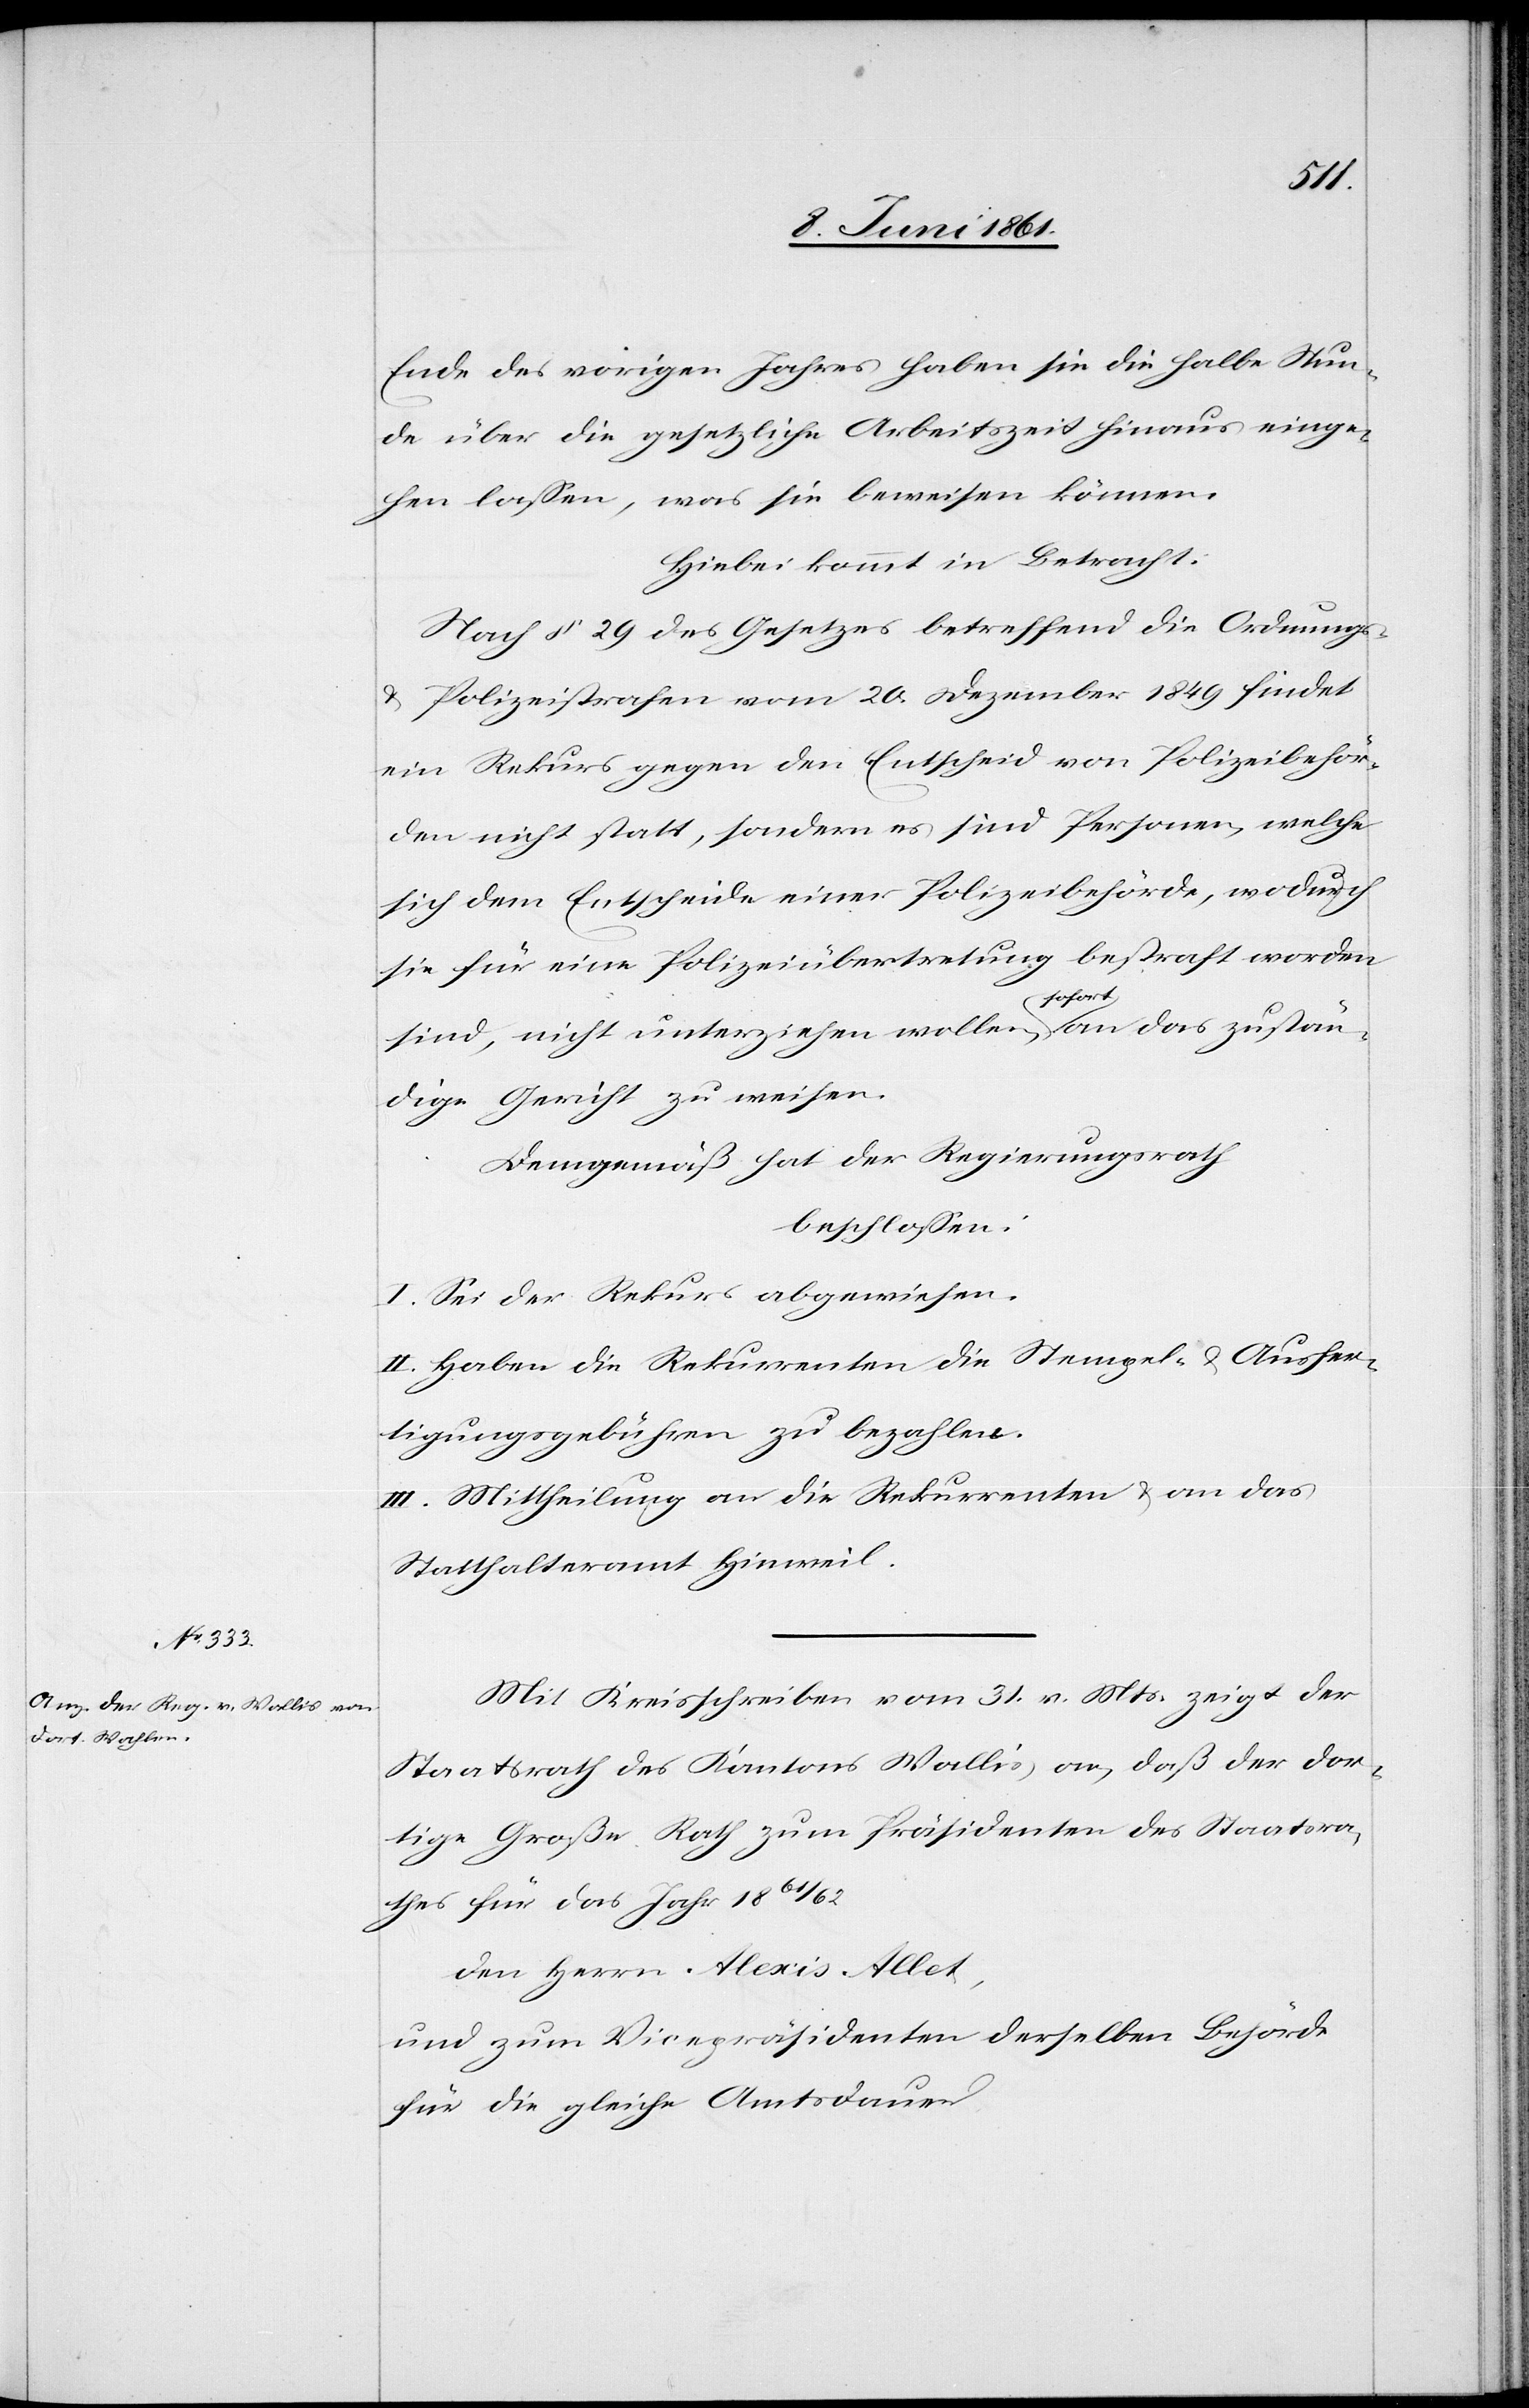
Ende des vorigen Jahres haben sie die halbe Stun¬
de über die gesetzliche Arbeitszeit hinaus einge¬
hen lassen, was sie beweisen können.
Hiebei kommt in Betracht:
Nach § 29 des Gesetzes betreffend die Ordnungs-
u. Polizeistrafen vom 20. Dezember 1849 findet
ein Rekurs gegen den Entscheid von Polizeibehör¬
den nicht statt, sondern es sind Personen, welche
sich dem Entscheide einer Polizeibehörde, wodurch
sie für eine Polizeiübertretung bestraft worden
sind, nicht unterziehen wollen, sofort an das zustän¬
dige Gericht zu weisen.
Demgemäß hat der Regierungsrath
beschlossen:
I. Sei der Rekurs abgewiesen.
II. Haben die Rekurrenten die Stempel- u. Ausfer¬
tigungsgebühren zu bezahlen.
III. Mittheilung an die Rekurrenten u. an das
Statthalteramt Hinweil.
Mit Kreisschreiben vom 31. v. Mts. zeigt der
Staatsrath des Kantons Wallis an, daß der dor¬
tige Große Rath zum Präsidenten des Staatsra¬
thes für das Jahr 1861/62
den Herrn Alexis Allet,
und zum Vicepräsidenten derselben Behörde
für die gleiche Amtsdauer